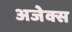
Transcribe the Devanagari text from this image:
अजेक्स